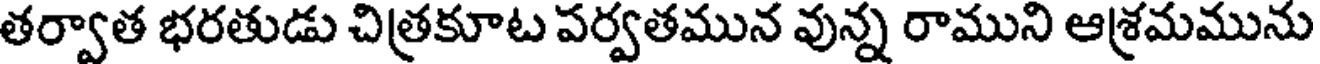
తర్వాత భరతుడు చిత్రకూట పర్వతమున వున్న రాముని ఆశ్రమమును